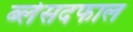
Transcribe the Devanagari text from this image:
ब्लेसदफाल